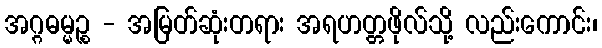
အဂ္ဂဓမ္မဉ္စ - အမြတ်ဆုံးတရား အရဟတ္တဖိုလ်သို့ လည်းကောင်း၊